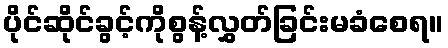
ပိုင်ဆိုင်ခွင့်ကိုစွန့်လွှတ်ခြင်းမခံစေရ။